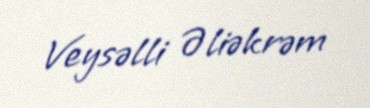
Veysəlli Əliəkrəm